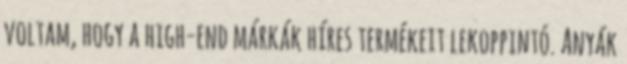
voltam, hogy a high-end márkák híres termékeit lekoppintó. Anyák